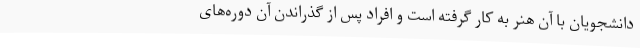
دانشجویان با آن هنر به کار گرفته است و افراد پس از گذراندن آن دوره‌های